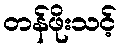
တန်ဖိုးသင့်